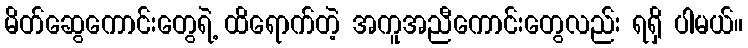
မိတ်ဆွေကောင်းတွေရဲ့ ထိရောက်တဲ့ အကူအညီကောင်းတွေလည်း ရရှိ ပါမယ်။